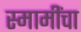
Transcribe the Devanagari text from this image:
स्मामींचा